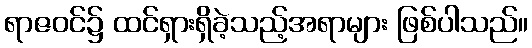
ရာဇဝင်၌ ထင်ရှားရှိခဲ့သည့်အရာများ ဖြစ်ပါသည်။